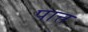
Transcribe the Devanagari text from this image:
पात्त